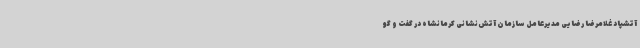
آتشپاد غلامرضا رضایی مدیرعامل سازمان آتش‌نشانی کرمانشاه در گفت و گو